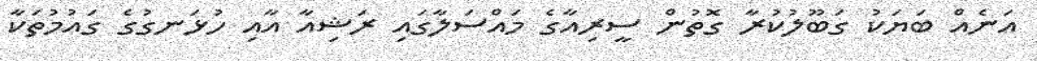
އަނެއް ބަޔަކު ގަބޫލުކުރާ ގޮތުން ސީރިއާގެ މައްސަލާގައި ރަޝިއާ އާއި ހުޅަނގުގެ ގައުމުތަކާ